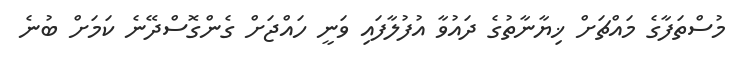
މުސްތަފާގެ މައްޗަށް ޚިޔާނާތުގެ ދައުވާ އުފުލާފައި ވަނީ ހައްޖަށް ގެންގޮސްދޭނެ ކަމަށް ބުނެ